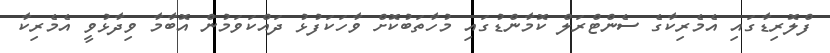
ފްލޮރިޑާގައި އެމެރިކާގެ ސެންޓްރަލް ކޮމާންޑުގައި މުހާތަބުކޮށް ވާހަކަފުޅު ދައްކަވަމުން އޮބާމާ ވިދާޅުވީ އެމެރިކާ